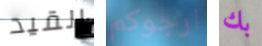
القيد ارجوكم بك